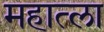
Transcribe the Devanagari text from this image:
महात्ला